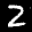
Label: 2